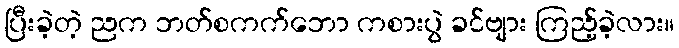
ပြီးခဲ့တဲ့ ညက ဘတ်စကက်ဘော ကစားပွဲ ခင်ဗျား ကြည့်ခဲ့လား။